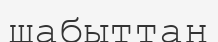
шабыттан